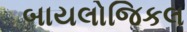
બાયલોજિકલ